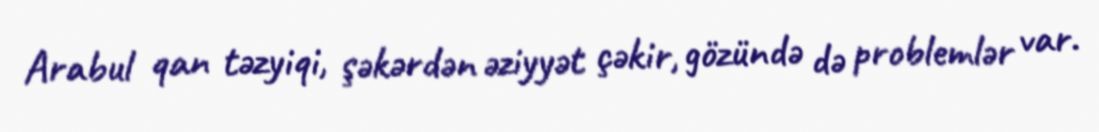
Arabul qan təzyiqi, şəkərdən əziyyət çəkir, gözündə də problemlər var.